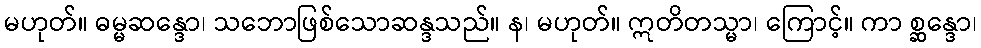
မဟုတ်။ ဓမ္မဆန္ဒော၊ သဘောဖြစ်သောဆန္ဒသည်။ န၊ မဟုတ်။ ဣတိတသ္မာ၊ ကြောင့်။ ကာ စ္ဆန္ဒော၊